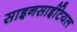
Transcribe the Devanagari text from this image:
साइनसाईटियल